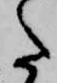
た